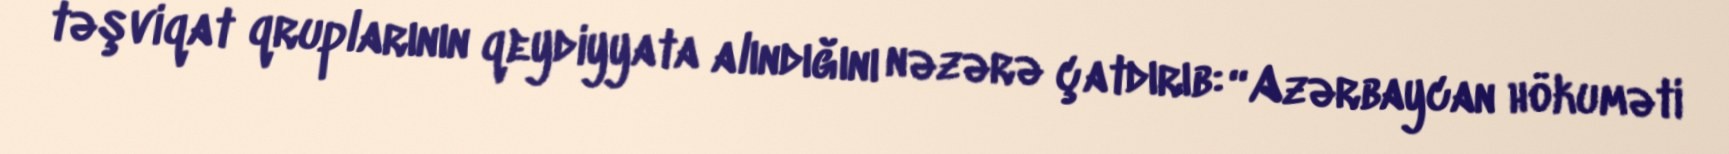
təşviqat qruplarının qeydiyyata alındığını nəzərə çatdırıb: “Azərbaycan hökuməti